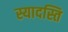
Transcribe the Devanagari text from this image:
स्यादस्ति